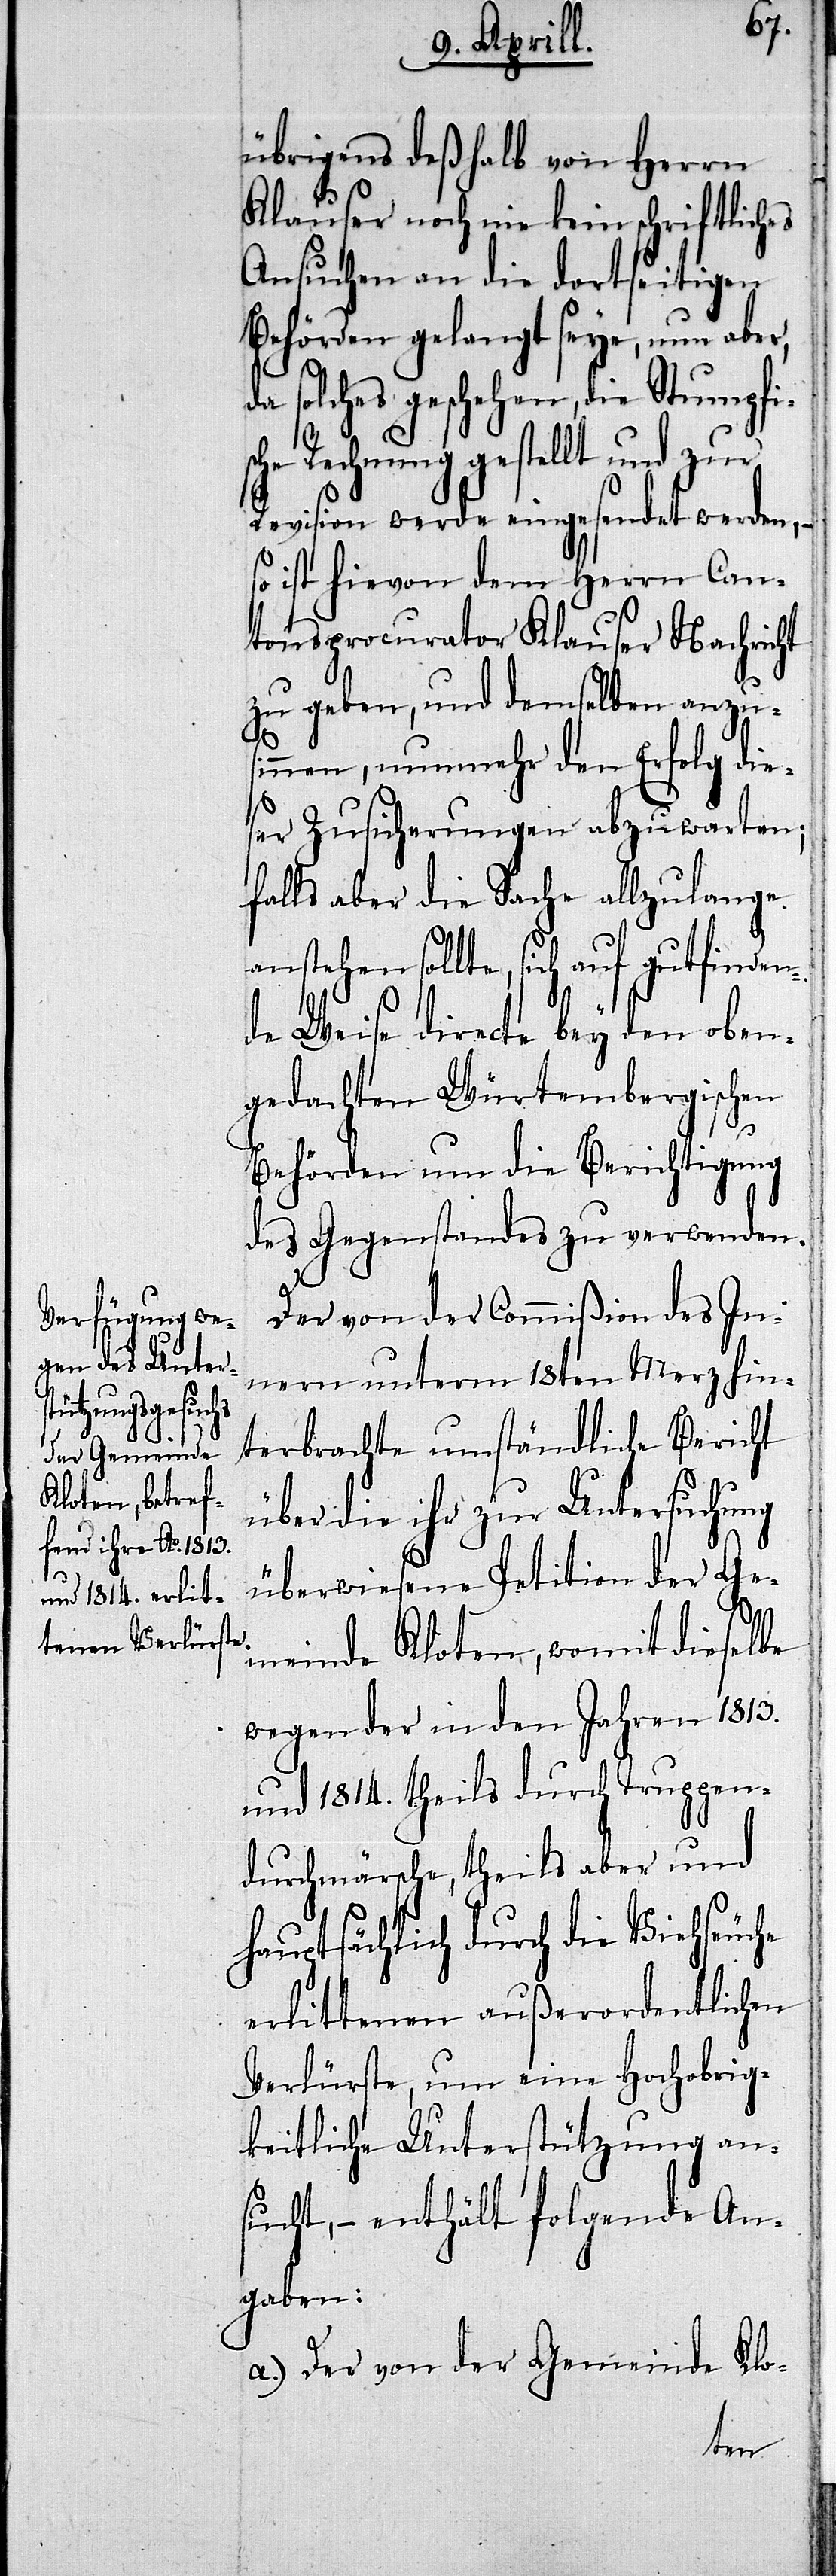
ht

übrigens deßhalb von Herrn
Klauser noch nie kein schriftliches
Ansuchen an die dortseitigen
Behörden gelangt seye, nun abe¬
da solches geschehen, die Stumpfis¬
che Rechnung gestellt und zur
Revision werde eingesendet werden,–
so ist hievon dem Herrn Can¬
tonsprocurator Klauser Nachric¬
zu geben, und demselben anzu¬
sinnen, nunmehr den Erfolg die¬
ser Zusicherungen abzuwarten;
falls aber die Sache allzulange
sollte, sich auf gutfinden¬
de Weise directe bey den oben¬
gedachten Würtembergischen
Behörden um die Berichtigung
des Gegenstandes zu verwenden.
Der von der Commißion des In¬
nern unterm 18ten Merz hin¬
terbrachte umständliche Bericht
über die ihr zur Untersuchung
überwiesene Petition der Ge¬
meinde Kloten, womit dieselbe
wegen der in den Jahren 1813.
und 1814. theils durch Truppen¬
durchmärsche, theils aber und
seuche
hauptsächlich durch die Vi¬
erlittenen außerordentlichen
Verlürste, um eine Hochobrig¬
keitliche Unterstützung an¬
sucht,– enthält folgende An¬
gaben:
a.) Der von der Gemeinde Klo-